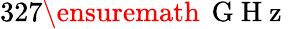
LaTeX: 327\ensuremath{\, \mathrm{~G~H~z~}}